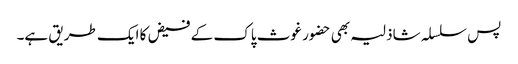
پس سلسلہ شاذلیہ بھی حضور غوث پاک کے فیض کا ایک طریق ہے۔